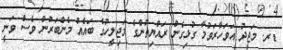
ޑރ. މަޖީދު އަވަހާރަވުމާ ގުޅިގެން ރައްޔިތުންގެ މަޖިލީހުގެ ބައެއް މެންބަރުން ވެސް ވަނީ